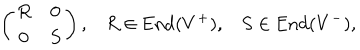
\left( \begin{array} { c c } { { R } } & { { 0 } } \\ { { 0 } } & { { S } } \\ \end{array} \right) , R \in \mathrm { E n d } ( V ^ { + } ) , S \in \mathrm { E n d } ( V ^ { - } ) ,